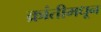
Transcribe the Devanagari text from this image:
क्रांतीमधून